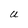
Character: U